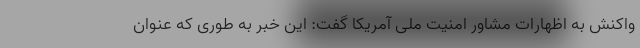
واکنش به اظهارات مشاور امنیت ملی آمریکا گفت: این خبر به طوری که عنوان